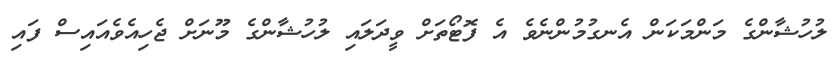
ލުހުޝާންގެ މަންމަކަން އެނގުމުންނެވެ އެ ފޮޓޯތަށް ވީދަލައި ލުހުޝާންގެ މޫނަށް ޖެހިއެވެއައިސް ފައި